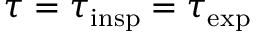
\tau = \tau _ { \mathrm { i n s p } } = \tau _ { \mathrm { e x p } }